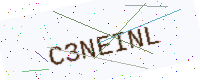
Text: C3NEINL